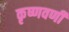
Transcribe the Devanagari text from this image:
कृष्णवर्णी